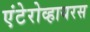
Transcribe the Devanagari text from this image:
एंटेरोव्हायरस